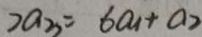
2 a _ { 3 } = 6 a _ { 1 } + a _ { 2 }